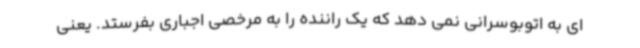
ای به اتوبوسرانی نمی دهد که یک راننده را به مرخصی اجباری بفرستد. یعنی